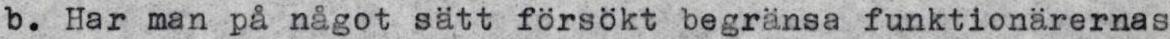
b. Har man på något sätt försökt begränsa funktionärernas